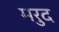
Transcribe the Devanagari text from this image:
मरुद